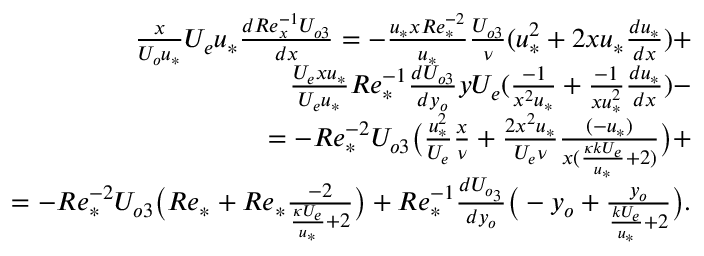
\begin{array} { r } { \frac { x } { U _ { o } u _ { * } } U _ { e } u _ { * } \frac { d R e _ { x } ^ { - 1 } U _ { o 3 } } { d x } = - \frac { u _ { * } x R e _ { * } ^ { - 2 } } { u _ { * } } \frac { U _ { o 3 } } { \nu } ( u _ { * } ^ { 2 } + 2 x u _ { * } \frac { d u _ { * } } { d x } ) + } \\ { \frac { U _ { e } x u _ { * } } { U _ { e } u _ { * } } R e _ { * } ^ { - 1 } \frac { d U _ { o 3 } } { d y _ { o } } y U _ { e } ( \frac { - 1 } { x ^ { 2 } u _ { * } } + \frac { - 1 } { x u _ { * } ^ { 2 } } \frac { d u _ { * } } { d x } ) - } \\ { = - R e _ { * } ^ { - 2 } U _ { o 3 } \big ( \frac { u _ { * } ^ { 2 } } { U _ { e } } \frac { x } { \nu } + \frac { 2 x ^ { 2 } u _ { * } } { U _ { e } \nu } \frac { ( - u _ { * } ) } { x ( \frac { \kappa k U _ { e } } { u _ { * } } + 2 ) } \big ) + } \\ { = - R e _ { * } ^ { - 2 } U _ { o 3 } \big ( R e _ { * } + R e _ { * } \frac { - 2 } { \frac { \kappa U _ { e } } { u _ { * } } + 2 } \big ) + R e _ { * } ^ { - 1 } \frac { d U _ { o _ { 3 } } } { d y _ { o } } \big ( - y _ { o } + \frac { y _ { o } } { \frac { k U _ { e } } { u _ { * } } + 2 } \big ) . } \end{array}